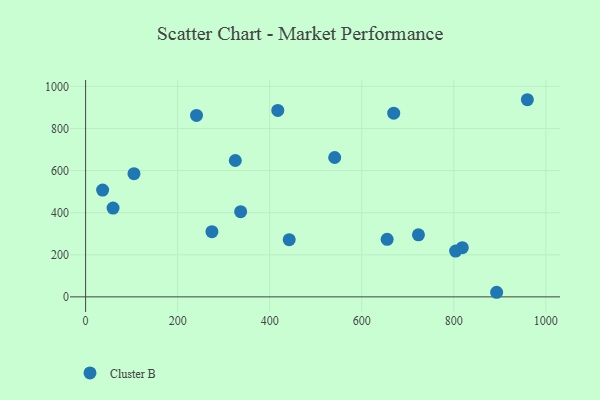
{"axis": {"x": "Engine Size", "y": "Exam Score"}, "legend": ["Cluster B"], "data": [{"x": "417.6", "y": 885.7, "type": "Cluster B"}, {"x": "37.0", "y": 507.5, "type": "Cluster B"}, {"x": "325.3", "y": 647.8, "type": "Cluster B"}, {"x": "541.2", "y": 662.0, "type": "Cluster B"}, {"x": "241.0", "y": 862.2, "type": "Cluster B"}, {"x": "655.2", "y": 273.5, "type": "Cluster B"}, {"x": "893.1", "y": 21.8, "type": "Cluster B"}, {"x": "959.9", "y": 936.6, "type": "Cluster B"}, {"x": "723.2", "y": 294.6, "type": "Cluster B"}, {"x": "274.5", "y": 309.8, "type": "Cluster B"}, {"x": "669.5", "y": 872.7, "type": "Cluster B"}, {"x": "442.4", "y": 271.8, "type": "Cluster B"}, {"x": "336.9", "y": 404.8, "type": "Cluster B"}, {"x": "59.7", "y": 421.6, "type": "Cluster B"}, {"x": "105.1", "y": 585.5, "type": "Cluster B"}, {"x": "818.5", "y": 233.9, "type": "Cluster B"}, {"x": "804.0", "y": 217.6, "type": "Cluster B"}]}